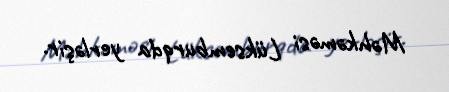
Məhkəməsi Lüksemburqda yerləşir.